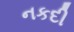
નકદી